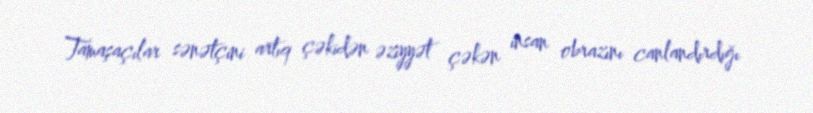
Tamaşaçılar sənətçini artıq çəkidən əziyyət çəkən insan obrazını canlandırdığı